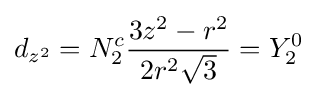
d_{z^{2}}=N_{2}^{c}{\frac {3z^{2}-r^{2}}{2r^{2}{\sqrt {3}}}}=Y_{2}^{0}